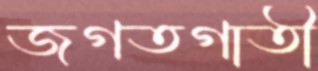
জগতগাতী